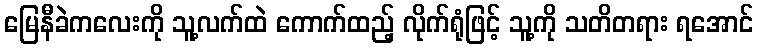
မြေနီခဲကလေးကို သူ့လက်ထဲ ကောက်ထည့် လိုက်ရုံဖြင့် သူ့ကို သတိတရား ရအောင်